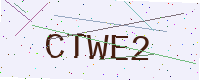
Text: CTWE2